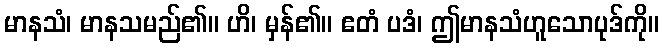
မာနသံ၊ မာနသမည်၏။ ဟိ၊ မှန်၏။ ဧတံ ပဒံ၊ ဤမာနသံဟူသောပုဒ်ကို။